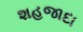
શહજાદા